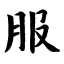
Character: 服